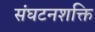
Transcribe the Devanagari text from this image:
संघटनशक्ति